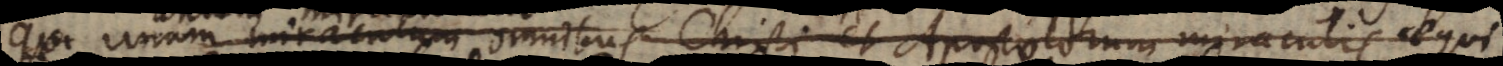
qui unum miraculum omnibus Christi et Apostolorum miraculis aequi